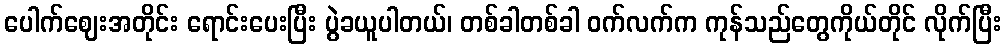
ပေါက်ဈေးအတိုင်း ရောင်းပေးပြီး ပွဲခယူပါတယ်၊ တစ်ခါတစ်ခါ ဝက်လက်က ကုန်သည်တွေကိုယ်တိုင် လိုက်ပြီး